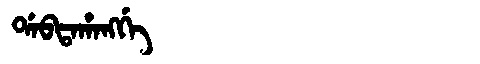
Manchu: ᡩᠠᠪᡨᠠᡥᠠᠩᡤᡝ
Romanization: DABTAHANGGE